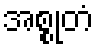
အစ္စုတံ